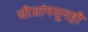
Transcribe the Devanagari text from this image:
चीजांमधूनही